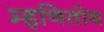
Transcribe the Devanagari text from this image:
म्हणितोय